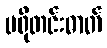
ပရိုတင်းဓာတ်